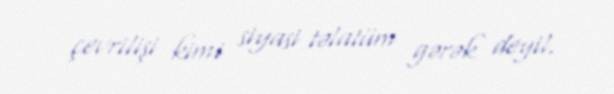
çevrilişi kimi siyasi təlatüm gərək deyil.